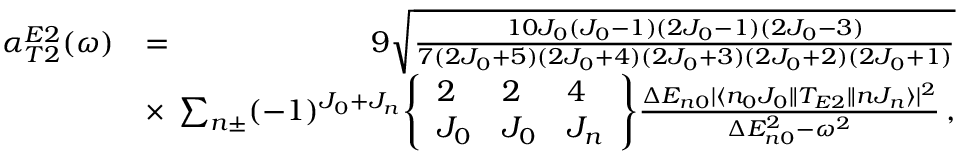
\begin{array} { r l r } { \alpha _ { T 2 } ^ { E 2 } ( \omega ) } & { = } & { 9 \sqrt { \frac { 1 0 J _ { 0 } ( J _ { 0 } - 1 ) ( 2 J _ { 0 } - 1 ) ( 2 J _ { 0 } - 3 ) } { 7 ( 2 J _ { 0 } + 5 ) ( 2 J _ { 0 } + 4 ) ( 2 J _ { 0 } + 3 ) ( 2 J _ { 0 } + 2 ) ( 2 J _ { 0 } + 1 ) } } } \\ & { \times } & { \! \! \! \! \sum _ { n \pm } ( - 1 ) ^ { J _ { 0 } + J _ { n } } \! \left\{ \begin{array} { l l l } { 2 } & { 2 } & { 4 } \\ { J _ { 0 } } & { J _ { 0 } } & { J _ { n } } \end{array} \right\} \! \frac { \Delta E _ { n 0 } | \langle n _ { 0 } J _ { 0 } \| T _ { E 2 } \| n J _ { n } \rangle | ^ { 2 } } { \Delta E _ { n 0 } ^ { 2 } - \omega ^ { 2 } } \, , } \end{array}